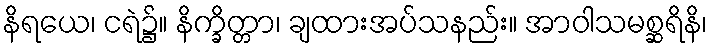
နိရယေ၊ ငရဲ၌။ နိက္ခိတ္တာ၊ ချထားအပ်သနည်း။ အာဝါသမစ္ဆရိနိ၊